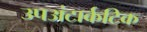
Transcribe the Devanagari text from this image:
उपअंटार्कटिक